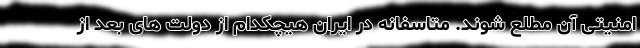
امنیتی آن مطلع شوند. متاسفانه در ایران هیچکدام از دولت های بعد از